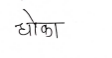
मजकूर: धोका